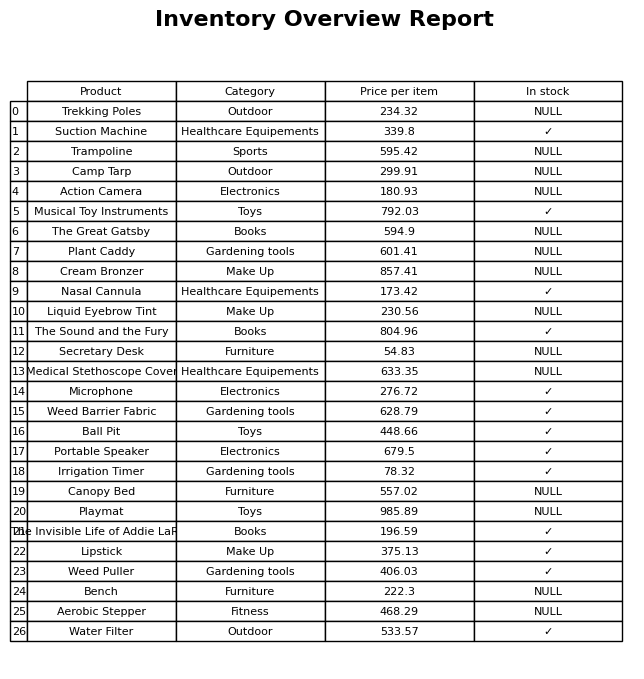
question: What is the price of the Camp Tarp?
answer: The price of Camp Tarp is 299.91.